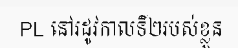
PL នៅរដូវកាលទី២របស់ខ្លួន